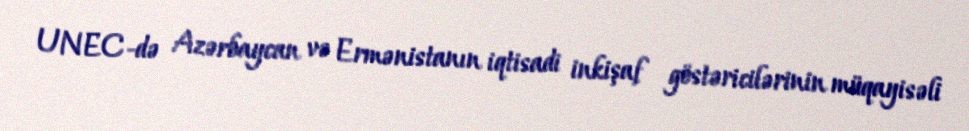
UNEC-də Azərbaycan və Ermənistanın iqtisadi inkişaf göstəricilərinin müqayisəli